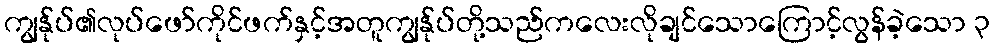
ကျွန်ုပ်၏လုပ်ဖော်ကိုင်ဖက်နှင့်အတူကျွန်ုပ်တို့သည်ကလေးလိုချင်သောကြောင့်လွန်ခဲ့သော ၃